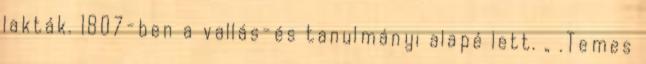
lakták. 1807-ben a vallás-és tanulmányi alapé lett. „ .Temes